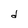
Character: d